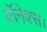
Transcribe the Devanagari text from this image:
यॉनेक्स।